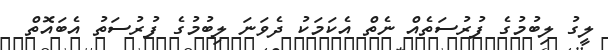
ލީގު ލިބުމުގެ ފުރުސަތެއް ނެތް އެކަމަކު ދެވަނަ ލިބުމުގެ ފުރުސަތު އެބައޮތް